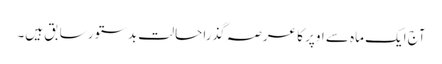
آج ایک ماہ سے اوپر کا عرصہ گذرا حالت بدستور سابق ہیں۔